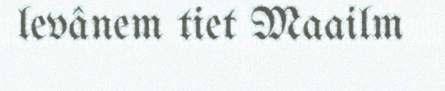
levânem tiet Maailm